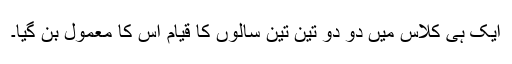
ایک ہی کلاس میں دو دو تین تین سالوں کا قیام اس کا معمول بن گیا۔